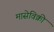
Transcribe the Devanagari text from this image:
मासेविक्री